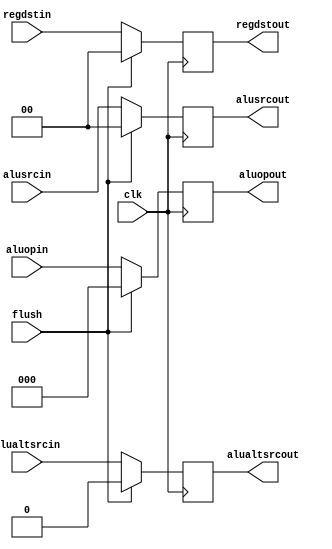
/*
* Function: This is a group of registers contain all control signals during
* EXecute stage, namely ALUAltSrc, ALUSrc[1:0], RegDst[1:0], ALUOp[2:0].
* flush pin to is to zero all control signals, it is synchronous, active 
* HIGH.
*/

module exreg ( input wire clk,
               input wire flush,
               input wire alualtsrcin,
               input wire [1:0] alusrcin,
               input wire [1:0] regdstin,
               input wire [2:0] aluopin,
               output wire alualtsrcout,
               output wire [1:0] alusrcout,
               output wire [1:0] regdstout,
               output wire [2:0] aluopout );

// internal registers
reg alualtsrc;
reg [1:0] alusrc;
reg [1:0] regdst;
reg [2:0] aluop;

// registers always output their contents
assign alualtsrcout = alualtsrc;
assign alusrcout = alusrc;
assign regdstout = regdst;
assign aluopout = aluop;

// write data
always @(posedge clk) begin
    if (flush == 1'b1) begin
        alualtsrc <= 'b0;
        alusrc <= 'b0;
        regdst <= 'b0;
        aluop <= 'b0;
    end else begin
        alualtsrc <= alualtsrcin;
        alusrc <= alusrcin;
        regdst <= regdstin;
        aluop <= aluopin;
    end
end
endmodule